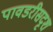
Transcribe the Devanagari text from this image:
पावडरीसदृश